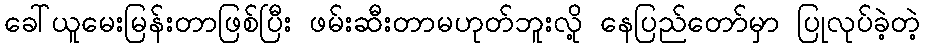
ခေါ်ယူမေးမြန်းတာဖြစ်ပြီး ဖမ်းဆီးတာမဟုတ်ဘူးလို့ နေပြည်တော်မှာ ပြုလုပ်ခဲ့တဲ့